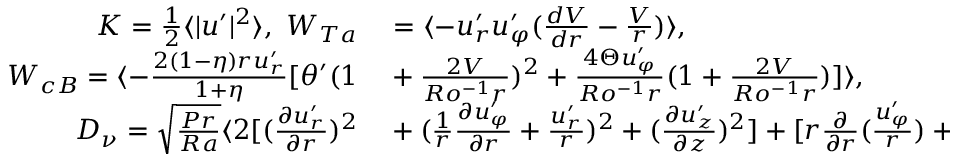
\begin{array} { r l } { K = \frac { 1 } { 2 } \langle | \boldsymbol { u ^ { \prime } } | ^ { 2 } \rangle , \ W _ { T a } } & { { } = \langle - u _ { r } ^ { \prime } u _ { \varphi } ^ { \prime } ( \frac { d V } { d r } - \frac { V } { r } ) \rangle , } \\ { W _ { c B } = \langle - \frac { 2 ( 1 - \eta ) r u _ { r } ^ { \prime } } { 1 + \eta } [ \theta ^ { \prime } ( 1 } & { { } + \frac { 2 V } { R o ^ { - 1 } r } ) ^ { 2 } + \frac { 4 \Theta u _ { \varphi } ^ { \prime } } { R o ^ { - 1 } r } ( 1 + \frac { 2 V } { R o ^ { - 1 } r } ) ] \rangle , } \\ { D _ { \nu } = \sqrt { \frac { P r } { R a } } \langle 2 [ ( \frac { \partial u _ { r } ^ { \prime } } { \partial r } ) ^ { 2 } } & { { } + ( \frac { 1 } { r } \frac { \partial u _ { \varphi } ^ { \prime } } { \partial { r } } + \frac { u _ { r } ^ { \prime } } { r } ) ^ { 2 } + ( \frac { \partial u _ { z } ^ { \prime } } { \partial z } ) ^ { 2 } ] + [ r \frac { \partial } { \partial r } ( \frac { u _ { \varphi } ^ { \prime } } { r } ) + \frac { 1 } { r } \frac { \partial u _ { r } ^ { \prime } } { \partial \varphi } ] ^ { 2 } } \end{array}